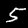
Label: 5